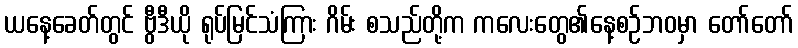
ယနေ့ခေတ်တွင် ဗွီဒီယို ရုပ်မြင်သံကြား ဂိမ်း စသည်တို့က ကလေးတွေ၏နေ့စဉ်ဘဝမှာ တော်တော်